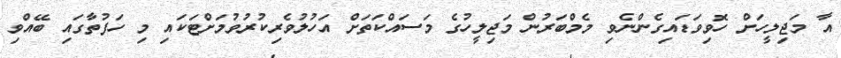
އާ މަޖިލީހަށް ހޮވިވަޑައިގެންނެވި މެމްބަރުން މަޖިލީހުގެ މަސައްކަތަށް އަހުލުވެރިކުރުވުމަށްޓަކައި މި ހަފުތާގައި ބޭއްވި